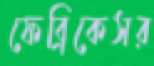
ফেব্রিকেসর